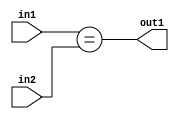
`timescale 1ps / 1ps
/*****************************************************************************
    Verilog RTL Description
    
    
    Created by: Stratus DpOpt 21.05.01 
*******************************************************************************/

module SobelFilter_Equal_5Ux3U_1U_1 (
	in2,
	in1,
	out1
	); /* architecture "behavioural" */ 
input [4:0] in2;
input [2:0] in1;
output  out1;
wire  asc001;

assign asc001 = (in1==in2);

assign out1 = asc001;
endmodule

/* CADENCE  urn5TAw= : u9/ySxbfrwZIxEzHVQQV8Q== ** DO NOT EDIT THIS LINE ******/